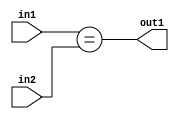
`timescale 1ps / 1ps
/*****************************************************************************
    Verilog RTL Description
    
    
    Created by: Stratus DpOpt 21.05.01 
*******************************************************************************/

module SobelFilter_Equal_5Ux3U_1U_1 (
	in2,
	in1,
	out1
	); /* architecture "behavioural" */ 
input [4:0] in2;
input [2:0] in1;
output  out1;
wire  asc001;

assign asc001 = (in1==in2);

assign out1 = asc001;
endmodule

/* CADENCE  urn5TAw= : u9/ySxbfrwZIxEzHVQQV8Q== ** DO NOT EDIT THIS LINE ******/